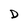
Character: D